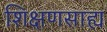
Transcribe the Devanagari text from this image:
शिक्षणसाह्य